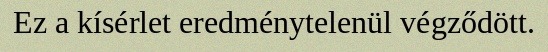
Ez a kísérlet eredménytelenül végződött.